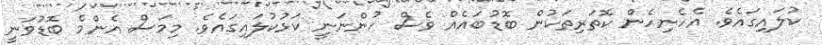
ކުލައިގައެވެ. އެހެނިހެން ކޮތަރިތަކުން ބޮޑުބައެއް ވެސް ހުންނަނީ ކަޅުކުލައިގައެވެ. މިމަސް އެންމެ ބޮޑުވަނީ